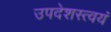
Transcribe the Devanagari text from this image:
उपदेशस्त्वयं